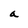
Character: a